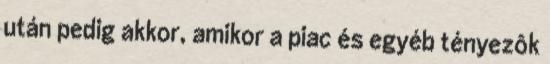
után pedig akkor, amikor a piac és egyéb tényezôk